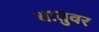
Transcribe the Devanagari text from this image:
धातुवर